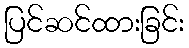
ပြင်ဆင်ထားခြင်း